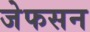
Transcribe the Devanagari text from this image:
जेफसन